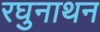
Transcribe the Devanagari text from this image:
रघुनाथन